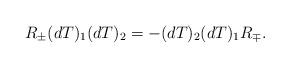
LaTeX: \begin{align*}R_{\pm}(dT)_{1}(dT)_{2}=-(dT)_{2}(dT)_{1}R_{\mp}.\end{align*}